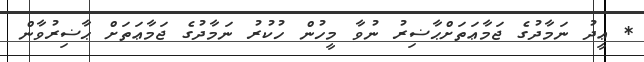
* ޢީދު ނަމާދުގެ ޖަމާޢަތަށްޙާޟިރު ނުވާ މީހުން ހުކުރު ނަމާދުގެ ޖަމާޢަތަށް ޙާޟިރުވާން